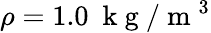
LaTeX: \rho=1.0\ \mathrm{~k~g~}/\mathrm{~m~}^{3}